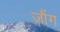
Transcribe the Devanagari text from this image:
जौंग